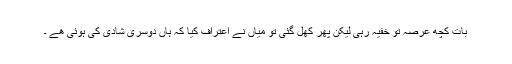
بات کچھ عرصہ تو خفیہ رہی لیکن پھر کھل گئی تو میاں نے اعتراف کیا کہ ہاں دوسری شادی کی ہوئی ھے ۔